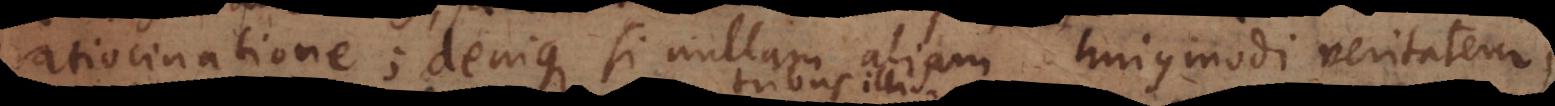
ratiocinatione; denique si nullam aliam hujusmodi veritatem,